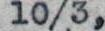
10/3,